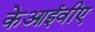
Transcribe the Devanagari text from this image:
केआईवीए